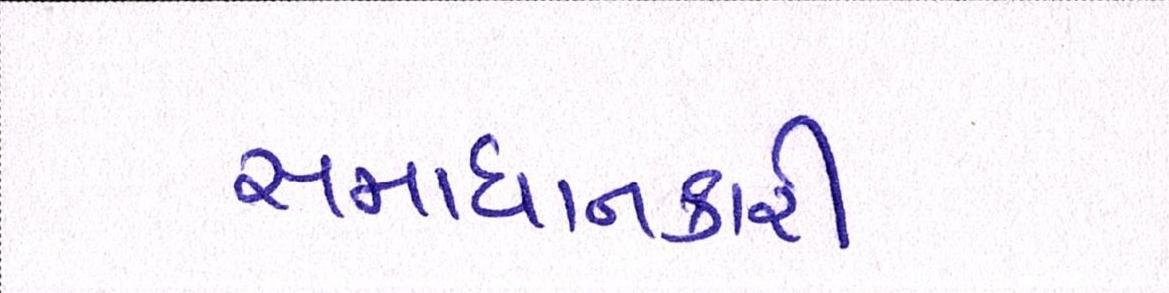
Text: સમાધાનકારી